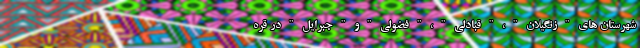
شهرستان های " زنگیلان " ، " قبادلی " ، " فضولی " و " جبرایل " در قره